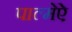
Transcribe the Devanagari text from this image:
पाल्मेऐ